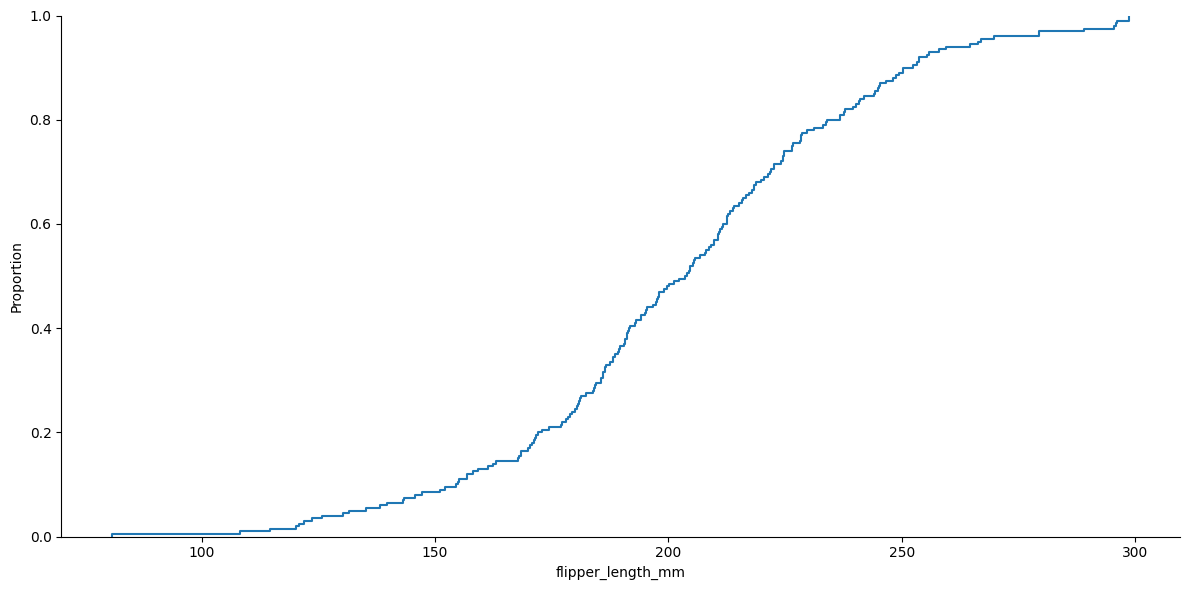
python, seaborn, displot, kind='ecdf', column='flipper_length_mm', hue='all', height=6, aspect=2.0